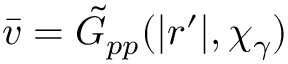
\bar { v } = \tilde { G } _ { p p } ( | r ^ { \prime } | , \chi _ { \gamma } )